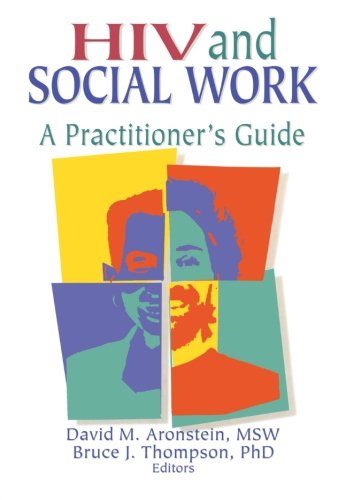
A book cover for HIV and Social Work: A Practitioner's Guide (Haworth Psychosocial Issues of HIV/AIDS); R Dennis Shelby; Health, Fitness & Dieting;